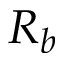
R _ { b }